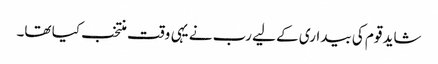
شاید قوم کی بیداری کے لیے رب نے یہی وقت منتخب کیا تھا۔